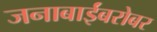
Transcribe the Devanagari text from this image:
जनाबाईंबरोबर